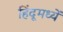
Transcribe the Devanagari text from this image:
हिंदूमध्यें